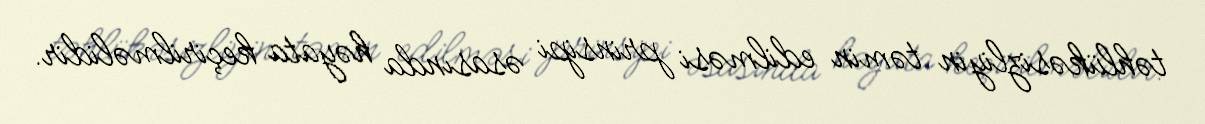
təhlükəsizliyin təmin edilməsi prinsipi əsasında həyata keçirilməlidir.